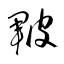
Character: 皸